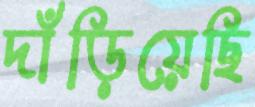
দাঁড়িয়েছি